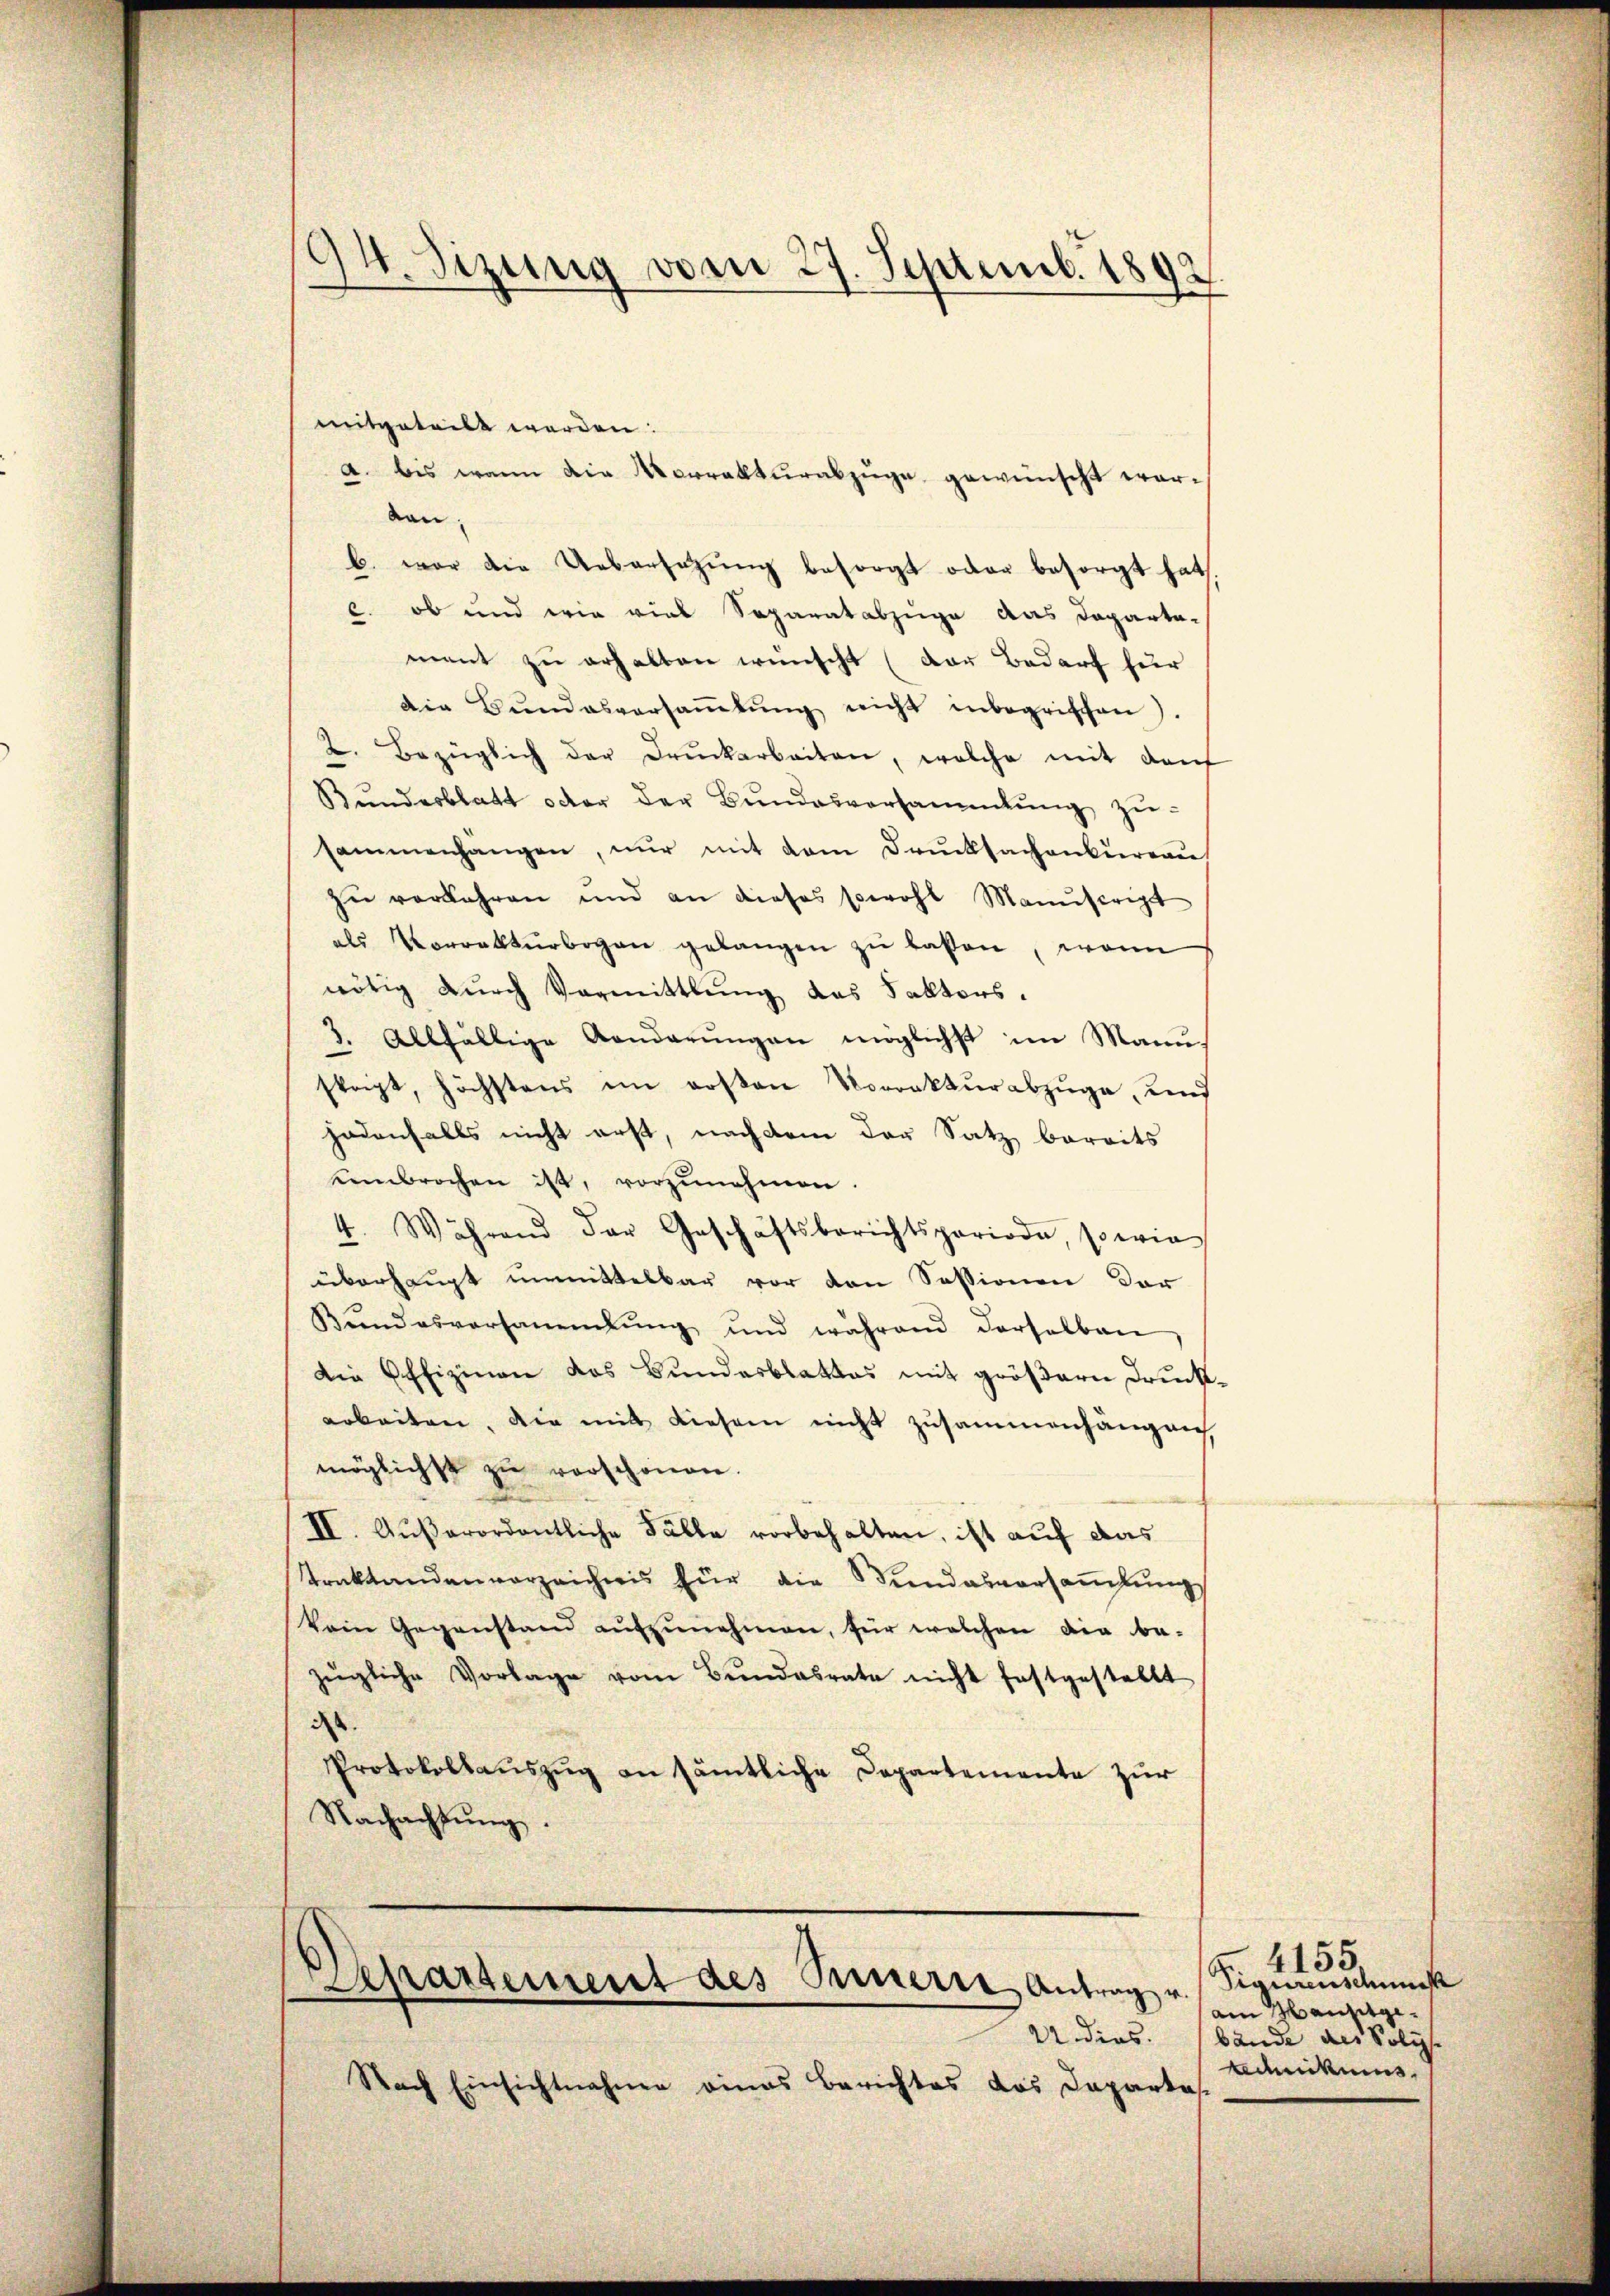
94. Sizung vom 27. Septemb. 1892.

mitgeteilt werden.
A. bis wann die Korrekturabzüge gewünscht workan;
b. war die Uebersetzung besorgt oder besorgt hat.
C. ob und wie viel Separatabzüge das Departa-
ment zŭ erhalten wünscht (der Bedarf für
Die Bŭndesversaṁlŭng nicht inbegrischen).
2. Bezüglich der Drŭckarbeiten, welche mit darf
Bŭndesblatt oder der Bŭndesversammlung zŭ
sammenhangen, nur mit dem Drucksachenbureau
zŭ verkehren und an dieses sowohl Manuscript
als Vorrekturbogen gelangen zŭ lassen, wenn
nötig durch Vormittlung das Faktors-
3. Allfällige Aenderŭngen möglichst im Manuskript, höchstens im posten Vorrektŭrabzüge, und
jedenfalls nicht erst, nachdem der Satz bereits
kembrochen ist, vorzunehmen
4. Während der Geschäftsberichtsperiode, sowie
überhaŭpt ŭnmittelbar vor den Sessionen der
Bŭndesversammlung und während derselben
Die Offizinen das Bundesblattes mit größern Druckarbeiten. Die mit dieser nicht zusammenhängen
möglichst zŭ verschonen.
II. Außerordentliche Fälle vorbehalten, ist auf das
Traktandenverzeichnis für die Wundesversaṁlŭng
kein Gegenstand aŭfzŭnehmen, für welchen die be-
zügliche Vorlage vom Bŭndesrate nicht festgestellt
d
Protokollauszug an sämtliche Departemente zur
Nachachtŭng.

partement des Innerte Antrag v.
22 dies

Nach Einsichtnahme eines Berichtes das Departes

4155
6
Tigurenschmus
am Hansitgebände des Poli
Bednikums